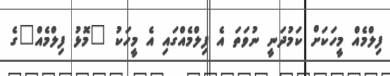
ފިލްމެއް މީހަކަށް ކަމުދަނީ ނުވަތަ އެ ފިލްމެއްގައި އެ މީހަކު "މޮޅު ފިލްމެއް"ގެ